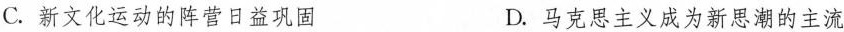
C.新文化运动的阵营日益巩固 D.马克思主义成为新思潮的主流